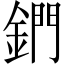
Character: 鍆